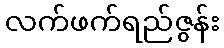
လက်ဖက်ရည်ဇွန်း